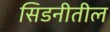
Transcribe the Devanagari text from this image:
सिडनीतील